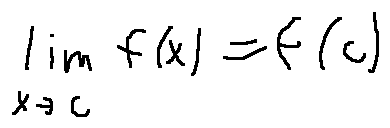
\lim \limits _ { x \rightarrow c } f ( x ) = f ( c )